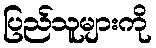
ပြည်သူများကို